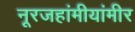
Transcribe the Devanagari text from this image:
नूरजहांमीयांमीर